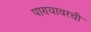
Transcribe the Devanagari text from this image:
पाण्यावरची